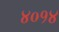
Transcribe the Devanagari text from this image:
४०१४